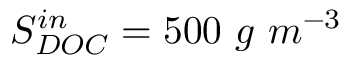
S _ { D O C } ^ { i n } = 5 0 0 \ g \ m ^ { - 3 }